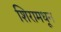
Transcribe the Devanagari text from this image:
शिरामधून